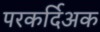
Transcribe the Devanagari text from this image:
परकर्दिअक